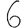
Digit: 6